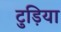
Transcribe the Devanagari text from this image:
टुड़िया